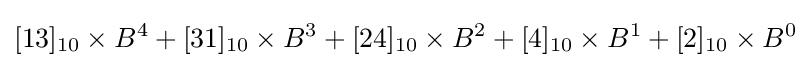
[13]_{10}\times B^{4}+[31]_{10}\times B^{3}+[24]_{10}\times B^{2}+[4]_{10}\times B^{1}+[2]_{10}\times B^{0}